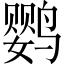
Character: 鹦